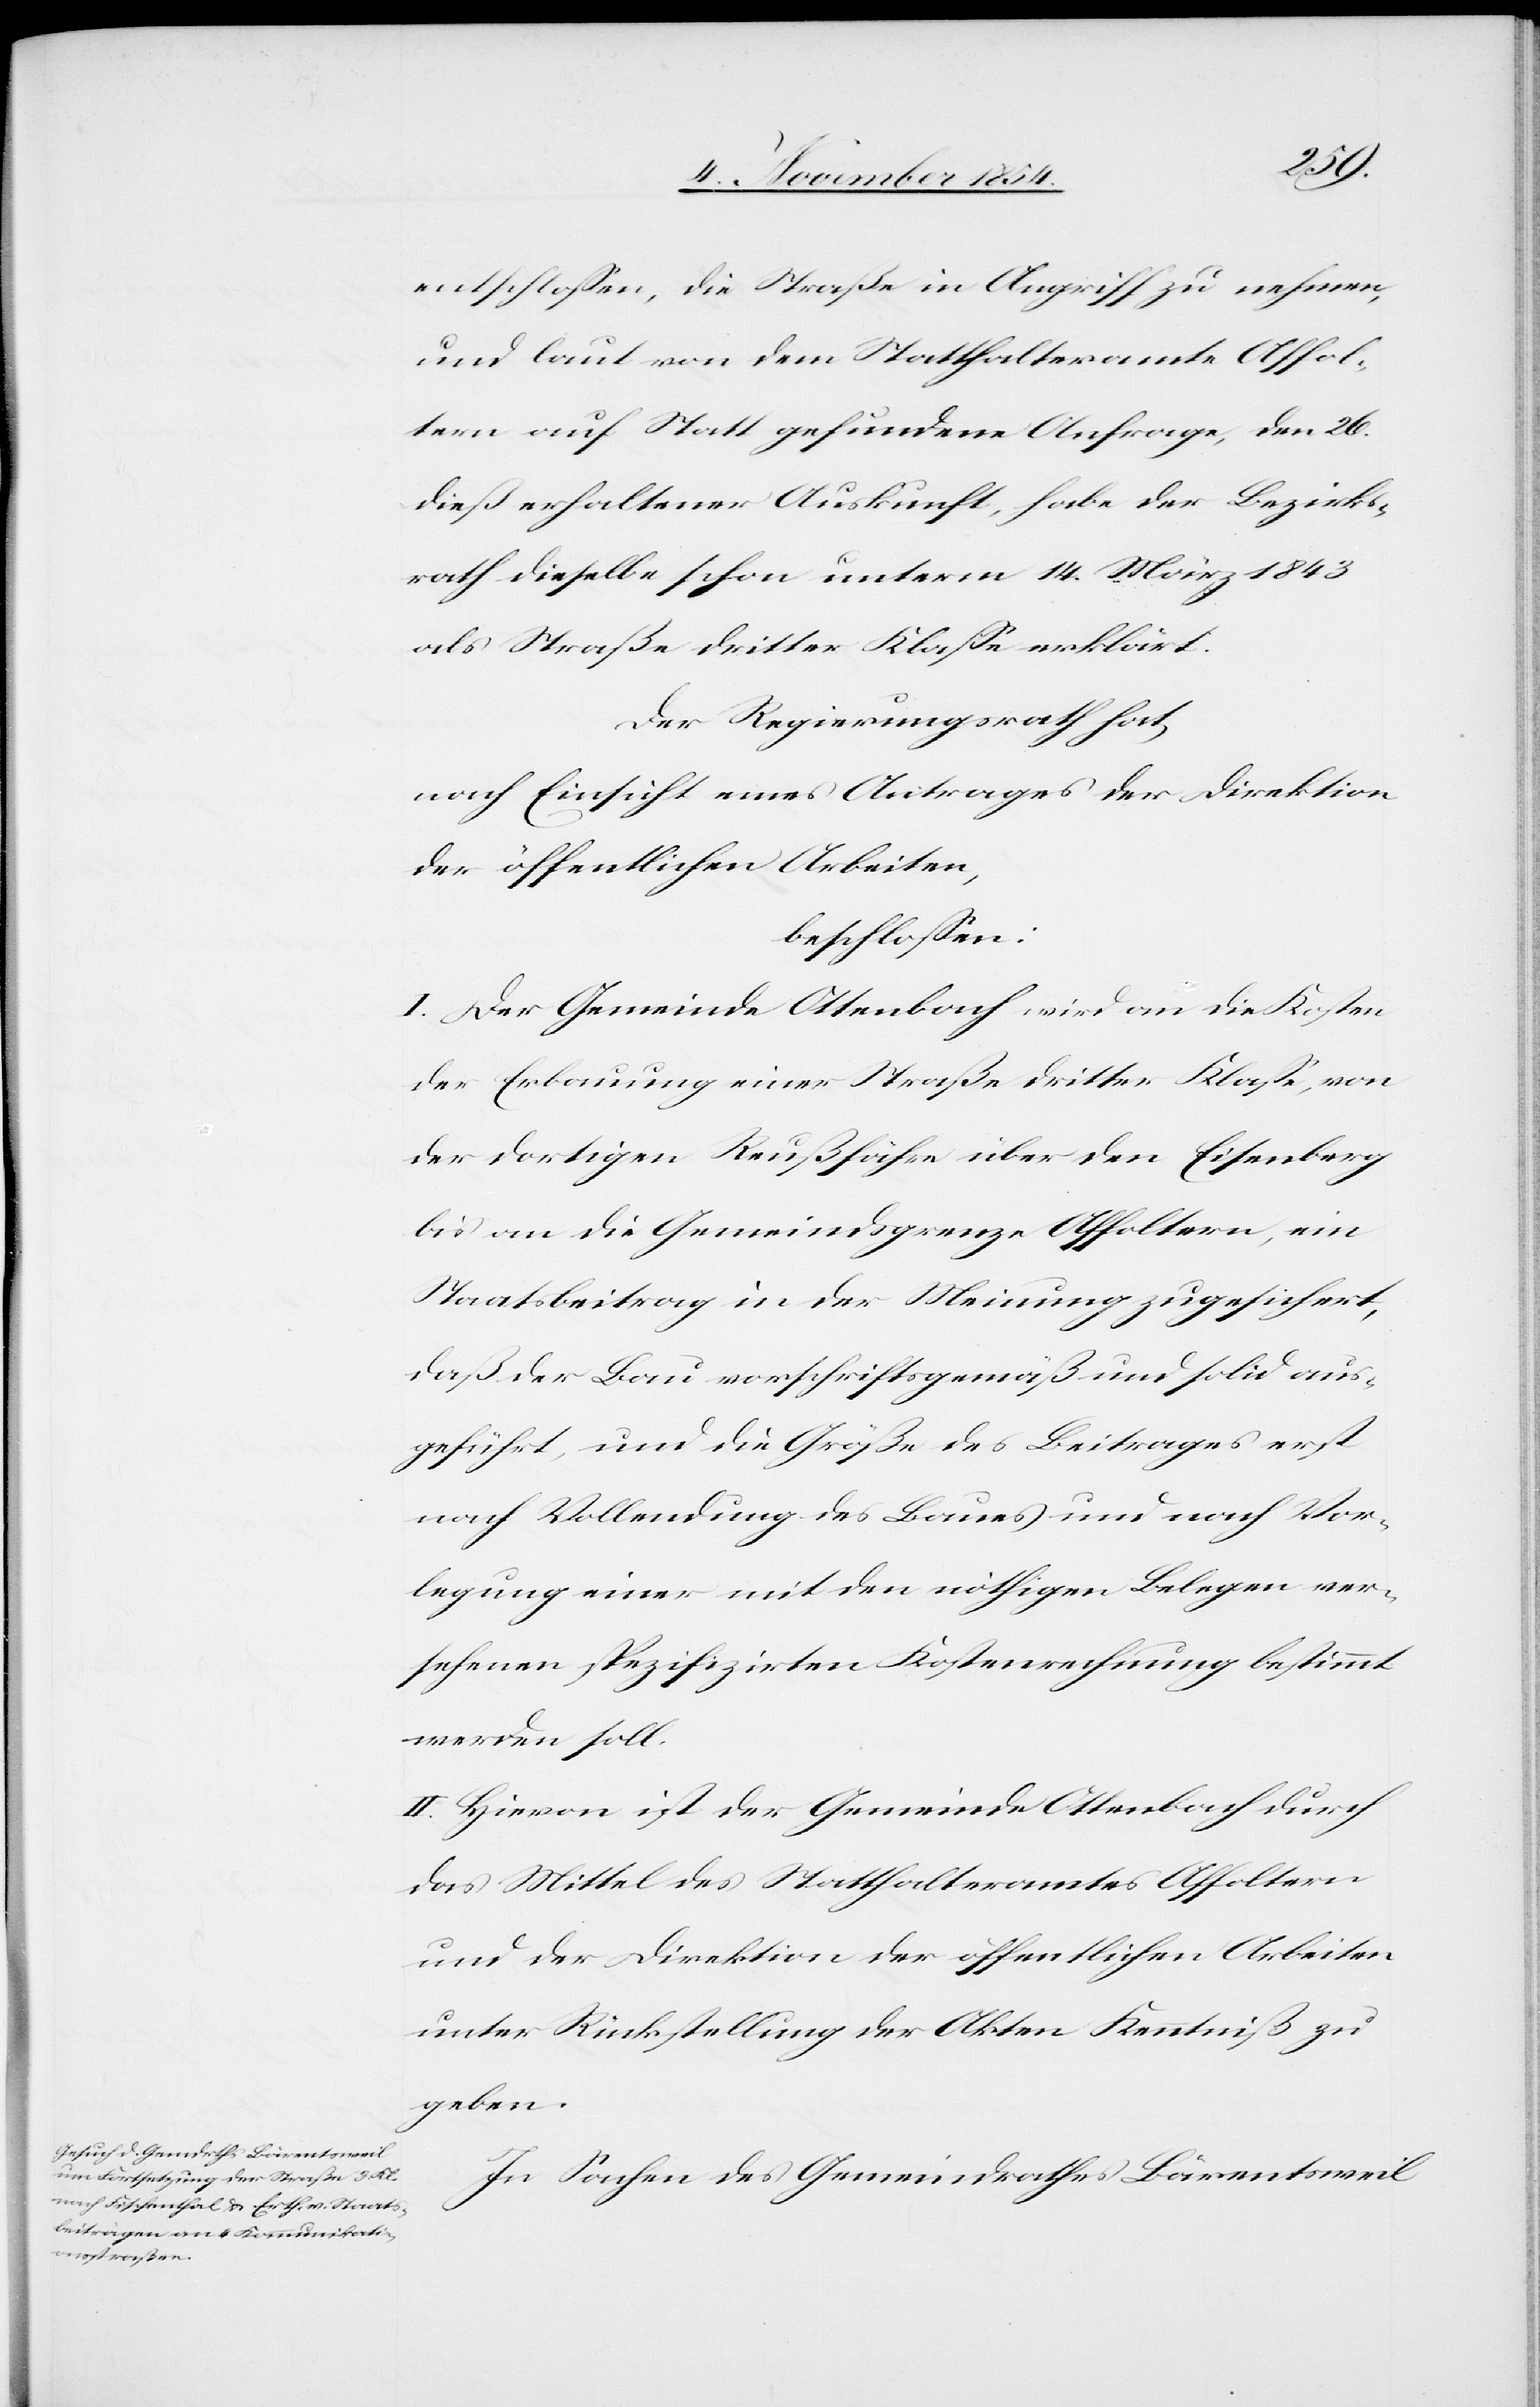
entschloßen, die Straße in Angriff zu nehmen,
und laut von dem Statthalteramte Affol¬
tern auf Statt gefundene Anfrage, den 26.
dieß erhaltener Auskunft, habe der Bezirks¬
rath dieselbe schon unterm 14. März 1843
als Straße dritter Klaße erklärt.
Der Regierungsrath hat
nach Einsicht eines Antrages der Direktion
der öffentlichen Arbeiten,
beschloßen:
I. Der Gemeinde Ottenbach wird an die Kosten
der Erbauung einer Straße dritter Klaße, von
der dortigen Reußfähre über den Eisenberg
bis an die Gemeindsgrenze Affoltern, ein
Staatsbeitrag in der Meinung zugesichert,
daß der Bau vorschriftsgemäß und solid aus¬
geführt, und die Größe des Beitrages erst
nach Vollendung des Baues und nach Vor¬
legung einer mit den nöthigen Belegen ver¬
sehenen spezifizirten Kostenrechnung bestimmt
werden soll.
II. Hievon ist der Gemeinde Ottenbach durch
das Mittel des Statthalteramtes Affoltern
und der Direktion der öffentlichen Arbeiten
unter Rückstellung der Akten Kenntniß zu
geben.
In Sachen des Gemeindrathes Bärentsweil